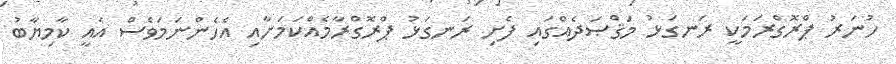
ހުނަރު ޕްރޮގްރަމަކީ ރަނގަޅު މަޤްޞަދެއްގައި ފެށި ރަނގަޅު ޕްރޮގްރާމެއްކަމަށާއި އެހެންނަމަވެސް އެއީ ކާމިޔާބު